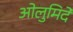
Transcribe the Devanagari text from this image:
ओलुमिदे